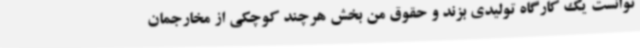
توانست یک کارگاه تولیدی بزند و حقوق من بخش هرچند کوچکی از مخارجمان